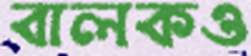
বালকও